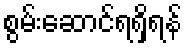
စွမ်းဆောင်ရရှိရန်